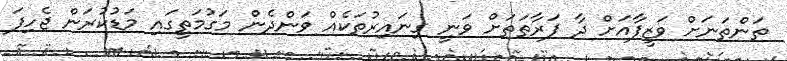
ތަންތަނަށް ވަޒީފާއަށް ދާ ފަރާތަތަށް ވަނީ ގިނައިރުތަކެއް ވަންދެން މަގުމަތީގައި މަޑުކުރަން ޖެހިފަ